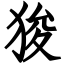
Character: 狻